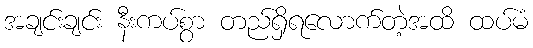
အချင်းချင်း နီးကပ်စွာ တည်ရှိရလောက်တဲ့အထိ ထပ်မံ